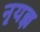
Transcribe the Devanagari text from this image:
नृयज्ञ